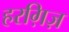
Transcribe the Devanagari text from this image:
हरग़िज़